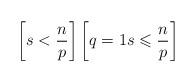
LaTeX: \begin{align*} \left[ s<\frac{n}{p} \right]\left[q=1 s\leqslant\frac{n}{p} \right]\end{align*}